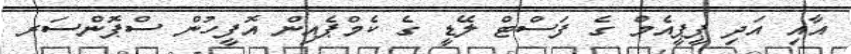
އާއި އަދި ޕީޕީއެމް ގެ ފަސްޓް ލޭޑީ ގެ ކެމްޕެއިން އޮފީހުން ސްޕޮންސަރ